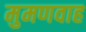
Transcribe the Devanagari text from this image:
मुमणवाह